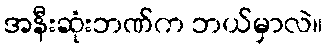
အနီးဆုံးဘဏ်က ဘယ်မှာလဲ။